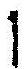
1